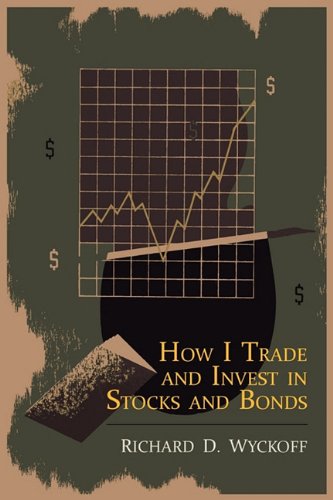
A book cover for How I Trade and Invest in Stocks and Bonds; Richard D. Wyckoff; Business & Money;